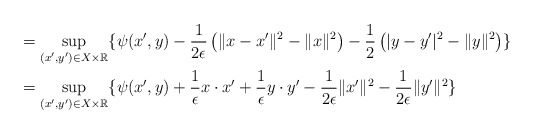
\begin{align*}&= \sup_{(x',y')\in X\times \mathbb R} \{ \psi(x',y) - \frac{1}{2\epsilon}\left( \|x-x'\|^2 -\|x\|^2\right)- \frac{1}{2}\left( |y-y'|^2 -\|y\|^2\right)\}\\&=\sup_{(x',y')\in X\times \mathbb R} \{ \psi(x',y) + \frac{1}{\epsilon} x\cdot x' + \frac{1}{\epsilon} y\cdot y' - \frac{1}{2\epsilon} \|x'\|^2 - \frac{1}{2\epsilon} \|y'\|^2\}\end{align*}